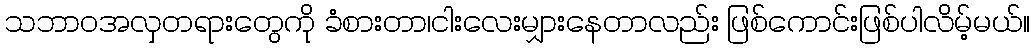
သဘာဝအလှတရားတွေကို ခံစားတာ၊ငါးလေးမျှားနေတာလည်း ဖြစ်ကောင်းဖြစ်ပါလိမ့်မယ်။